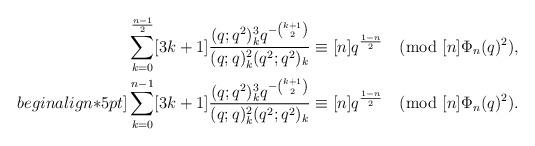
LaTeX: \begin{align*}\sum_{k=0}^{\frac{n-1}{2}}[3k+1]\frac{(q;q^2)_k^3 q^{-{k+1\choose 2} } }{(q;q)_k^2 (q^2;q^2)_k}&\equiv [n]q^{\frac{1-n}{2}}\pmod{[n]\Phi_n(q)^2}, \\begin{align*}5pt]\sum_{k=0}^{n-1}[3k+1]\frac{(q;q^2)_k^3 q^{-{k+1\choose 2} } }{(q;q)_k^2 (q^2;q^2)_k}&\equiv [n]q^{\frac{1-n}{2}}\pmod{[n]\Phi_n(q)^2}. \end{align*}